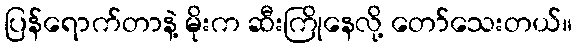
ပြန်ရောက်တာနဲ့ မိုးက ဆီးကြိုနေလို့ တော်သေးတယ်။